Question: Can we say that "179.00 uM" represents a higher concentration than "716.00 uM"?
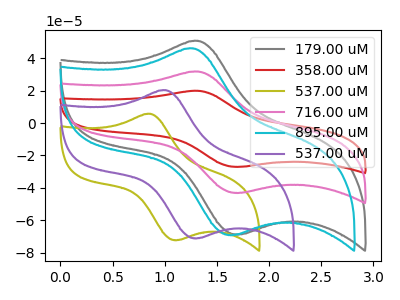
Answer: <think>The gray curve "179.00 uM" has an anodic peak at (1.30V, 50.80uA) and a cathodic peak at (1.70V, -68.75uA). The red curve "358.00 uM" has an anodic peak at (1.30V, 63.70uA) and a cathodic peak at (1.70V, -86.15uA). The olive curve "537.00 uM" has an anodic peak at (0.85V, 5.75uA) and a cathodic peak at (1.10V, -72.25uA). The pink curve "716.00 uM" has an anodic peak at (1.30V, 31.85uA) and a cathodic peak at (1.70V, -43.05uA). The cyan curve "895.00 uM" has an anodic peak at (1.25V, 46.15uA) and a cathodic peak at (1.65V, -69.10uA). The purple curve "537.00 uM" has an anodic peak at (1.00V, 20.30uA) and a cathodic peak at (1.30V, -71.15uA).
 All the peaks in "179.00 uM" have a peak in "716.00 uM" at the same potential. Every peak in "179.00 uM" is higher than every peak in "716.00 uM".</think>
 <answer>"179.00 uM" has more signal than "716.00 uM" and so likely has a higher concentration.</answer>
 <eval>more_concentration</eval>